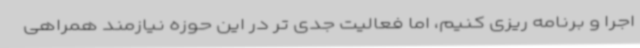
اجرا و برنامه ریزی کنیم، اما فعالیت جدی تر در این حوزه نیازمند همراهی